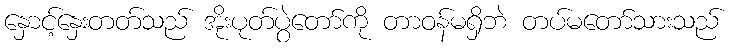
နှောင့်နှေးတတ်သည် အိုးပုတ်ပွဲတော်ကို တာဝန်မရှိဘဲ တပ်မတော်သားသည်